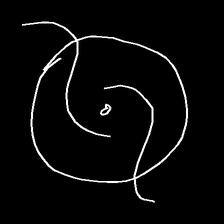
Glyph: repetition